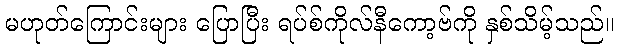
မဟုတ်ကြောင်းများ ပြောပြီး ရပ်စ်ကိုလ်နီကော့ဗ်ကို နှစ်သိမ့်သည်။